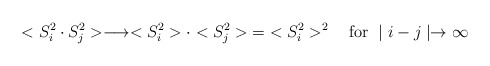
\begin{align*}<S_i^2 \cdot S^2_j> \longrightarrow <S^2_i>\cdot <S_j^2>\; =\;<S_i^2>^2\quad \mbox{for } \mid i-j\mid \rightarrow \infty\end{align*}